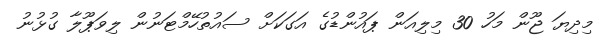
މިދިޔަ ޖޫން މަހު 30 މިލިއަން ޕައުންޑުގެ އަގަކަށް ސައުތުހޭމްޓަނުން ލިވަޕޫލާ ގުޅުނު